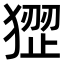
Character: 𤠏